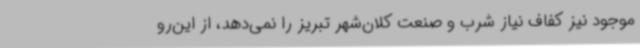
موجود نیز کفاف نیاز شرب و صنعت کلان‌شهر تبریز را نمی‌دهد، از این‌رو